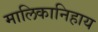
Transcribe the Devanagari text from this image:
मालिकानिहाय